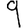
Digit: 9